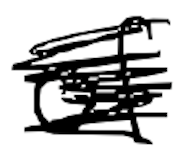
Text: of
Cross-out: mix
Writing tool: digital_black